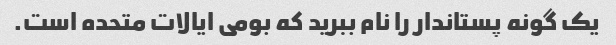
یک گونه پستاندار را نام ببرید که بومی ایالات متحده است.